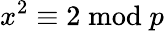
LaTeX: x^{2}\equiv 2{\bmod{p}}